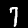
Label: 7